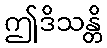
ဤဒိသန္တိ